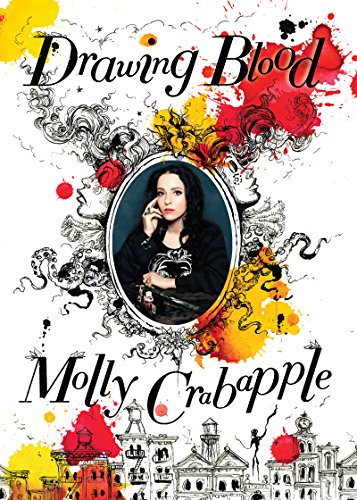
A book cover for Drawing Blood; Molly Crabapple; Arts & Photography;